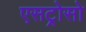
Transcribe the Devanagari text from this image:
एसट्रोसो